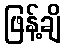
ဖြန့်ချိ